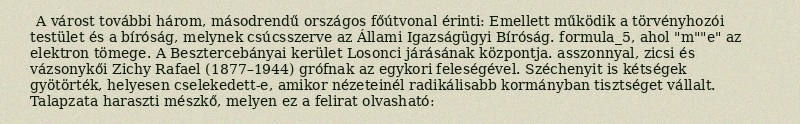
A várost további három, másodrendű országos főútvonal érinti: Emellett működik a törvényhozói testület és a bíróság, melynek csúcsszerve az Állami Igazságügyi Bíróság. formula_5, ahol "m""e" az elektron tömege. A Besztercebányai kerület Losonci járásának központja. asszonnyal, zicsi és vázsonykői Zichy Rafael (1877–1944) grófnak az egykori feleségével. Széchenyit is kétségek gyötörték, helyesen cselekedett-e, amikor nézeteinél radikálisabb kormányban tisztséget vállalt. Talapzata haraszti mészkő, melyen ez a felirat olvasható: